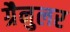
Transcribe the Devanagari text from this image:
ग्रैनुलर